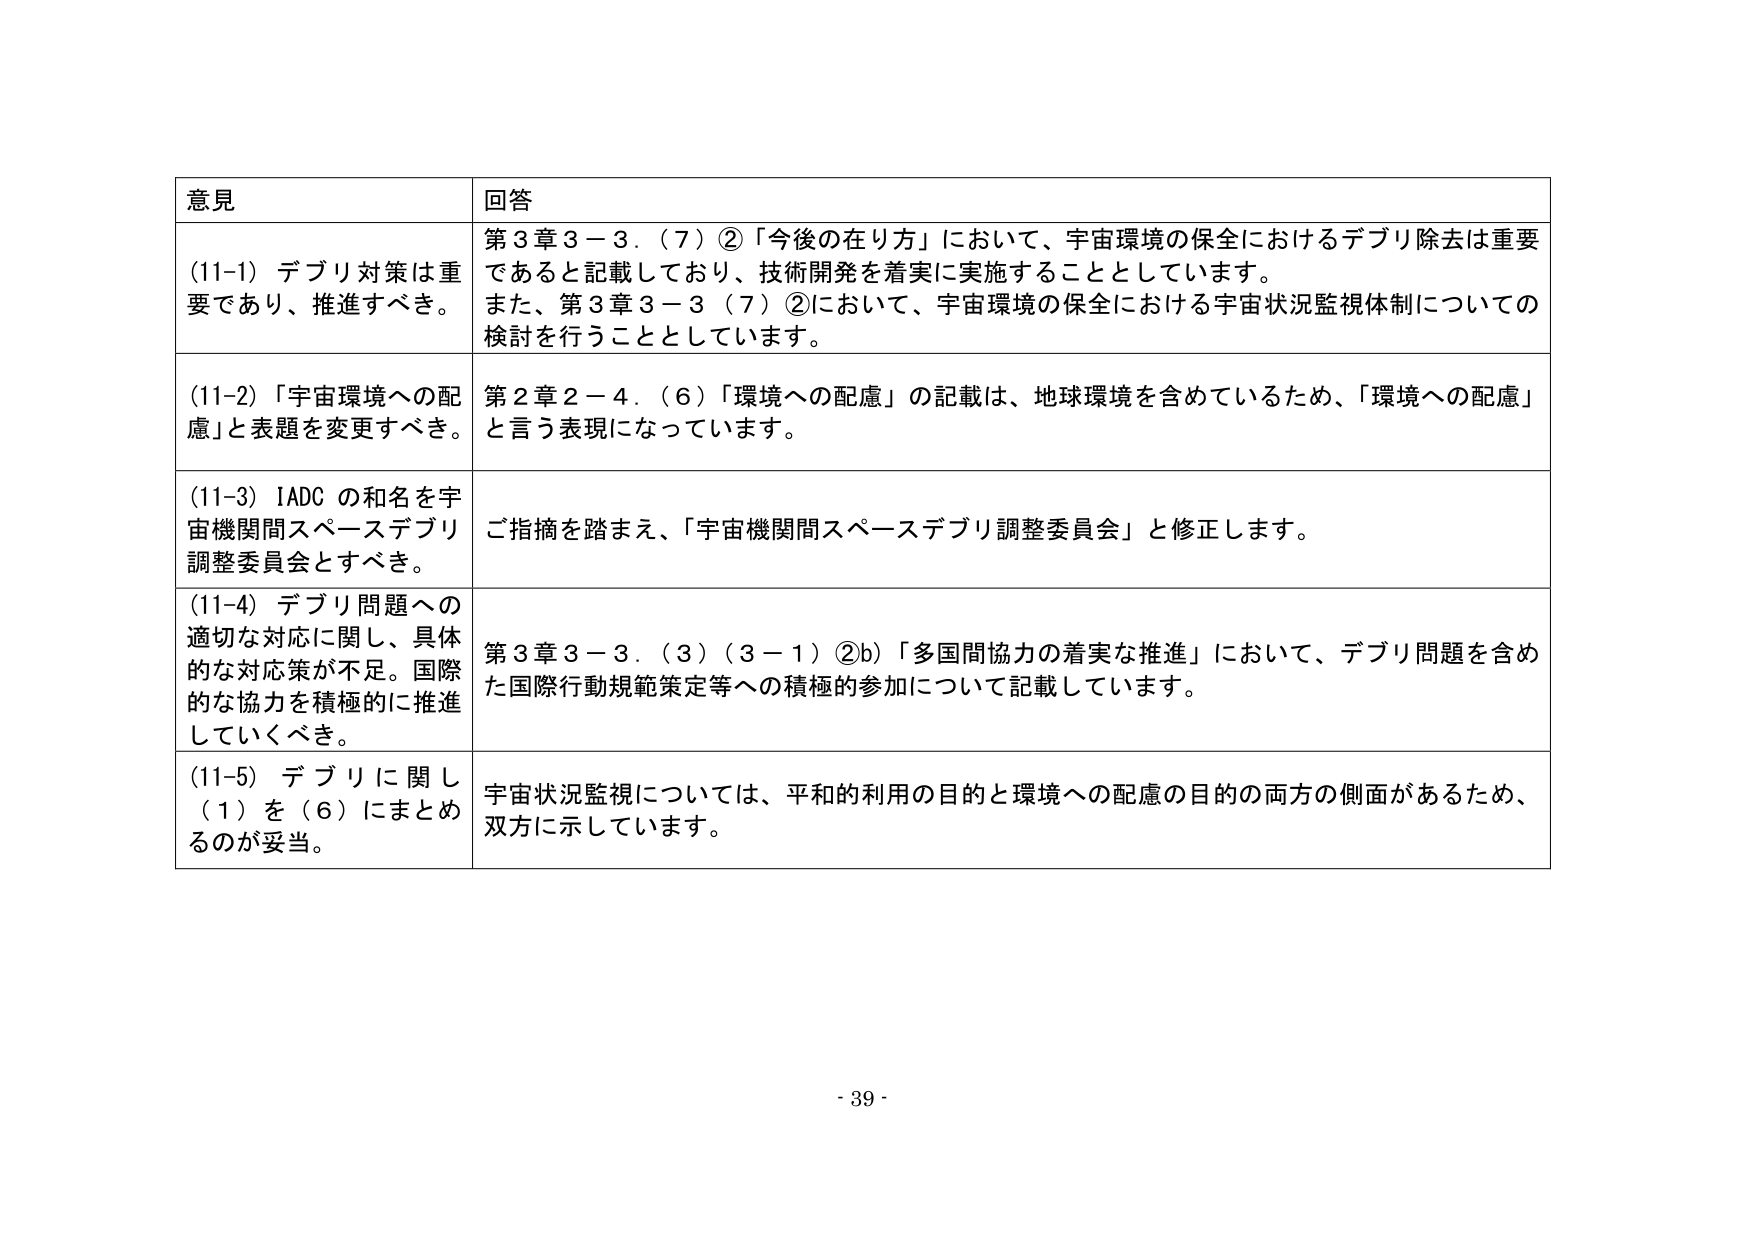
意見 回答
(11-1) デブリ対策は重要であり、推進すべき。 第3章3－3．（7）②「今後の在り方」において、宇宙環境の保全におけるデブリ除去は重要であると記載しており、技術開発を着実に実施することとしています。また、第3章3－3（7）②において、宇宙環境の保全における宇宙状況監視体制についての検討を行うこととしています。
(11-2) 「宇宙環境への配慮」と表題を変更すべき。 第2章2－4．（6）「環境への配慮」の記載は、地球環境を含めているため、「環境への配慮」と言う表現になっています。
(11-3) IADC の和名を宇宙機関間スペースデブリ調整委員会とすべき。 ご指摘を踏まえ、「宇宙機関間スペースデブリ調整委員会」と修正します。
(11-4) デブリ問題への適切な対応に関し、具体的な対応策が不足。国際的な協力を積極的に推進していくべき。 第3章3－3．（3）（3－1）②b）「多国間協力の着実な推進」において、デブリ問題を含めた国際行動規範策定等への積極的参加について記載しています。
(11-5) デブリに関して（1）を（6）にまとめるのが妥当。 宇宙状況監視については、平和的利用の目的と環境への配慮の目的の両方の側面があるため、双方に示しています。
- 39 -